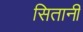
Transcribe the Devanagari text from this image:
सितानी